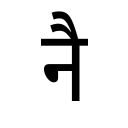
OCR:
नै